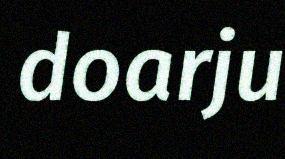
doarju